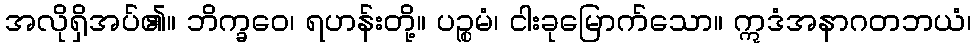
အလိုရှိအပ်၏။ ဘိက္ခဝေ၊ ရဟန်းတို့။ ပဉ္စမံ၊ ငါးခုမြောက်သော။ ဣဒံအနာဂတဘယံ၊